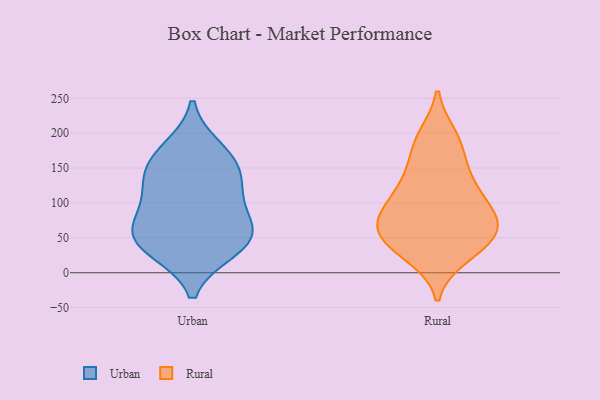
{"axis": {"x": "Production Output", "y": "Value"}, "legend": ["Rural", "Urban"], "data": [{"x": "", "y": 113, "type": "Urban"}, {"x": "", "y": 67, "type": "Urban"}, {"x": "", "y": 61, "type": "Urban"}, {"x": "", "y": 53, "type": "Urban"}, {"x": "", "y": 39, "type": "Urban"}, {"x": "", "y": 156, "type": "Urban"}, {"x": "", "y": 34, "type": "Urban"}, {"x": "", "y": 114, "type": "Urban"}, {"x": "", "y": 176, "type": "Urban"}, {"x": "", "y": 150, "type": "Urban"}, {"x": "", "y": 115, "type": "Rural"}, {"x": "", "y": 85, "type": "Rural"}, {"x": "", "y": 194, "type": "Rural"}, {"x": "", "y": 61, "type": "Rural"}, {"x": "", "y": 142, "type": "Rural"}, {"x": "", "y": 78, "type": "Rural"}, {"x": "", "y": 176, "type": "Rural"}, {"x": "", "y": 73, "type": "Rural"}, {"x": "", "y": 114, "type": "Rural"}, {"x": "", "y": 30, "type": "Rural"}, {"x": "", "y": 24, "type": "Rural"}, {"x": "", "y": 147, "type": "Rural"}, {"x": "", "y": 62, "type": "Rural"}, {"x": "", "y": 196, "type": "Rural"}, {"x": "", "y": 38, "type": "Rural"}, {"x": "", "y": 108, "type": "Rural"}, {"x": "", "y": 75, "type": "Rural"}, {"x": "", "y": 39, "type": "Rural"}, {"x": "", "y": 61, "type": "Rural"}]}